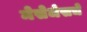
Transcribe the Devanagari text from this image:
मेसेजेसचे